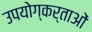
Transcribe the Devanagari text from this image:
उपयोग्कर्ताओं